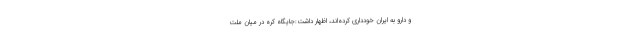
و دارو به ایران خودداری کرده‌اند، اظهار داشت:جایگاه کره در میان ملت